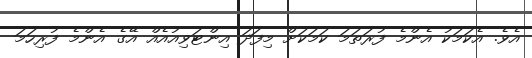
އެވެ. އެކަމަކު އެންމެ ފުރަތަމަ ކަމަކަށް މިފަދަ އިންޓަވިއުއެއް އޭގެ އެންމެ ފުރިހަމަ